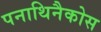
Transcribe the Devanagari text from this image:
पनाथिनैकोस